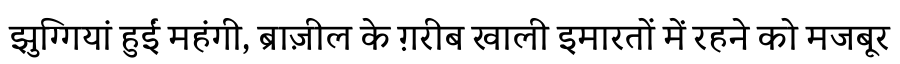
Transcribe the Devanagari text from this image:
झुग्गियां हुईं महंगी, ब्राज़ील के ग़रीब खाली इमारतों में रहने को मजबूर